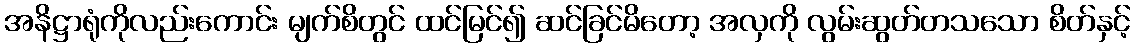
အနိဋ္ဌာရုံကိုလည်းကောင်း မျက်စိတွင် ထင်မြင်၍ ဆင်ခြင်မိတော့ အလှကို လွမ်းဆွတ်တသသော စိတ်နှင့်